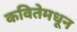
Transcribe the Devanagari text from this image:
कवितेमधून